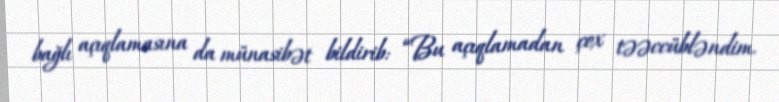
bağlı açıqlamasına da münasibət bildirib: “Bu açıqlamadan çox təəccübləndim.